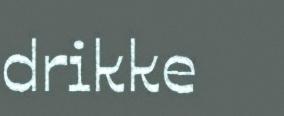
drikke